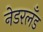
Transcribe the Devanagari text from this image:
नेडरलँड